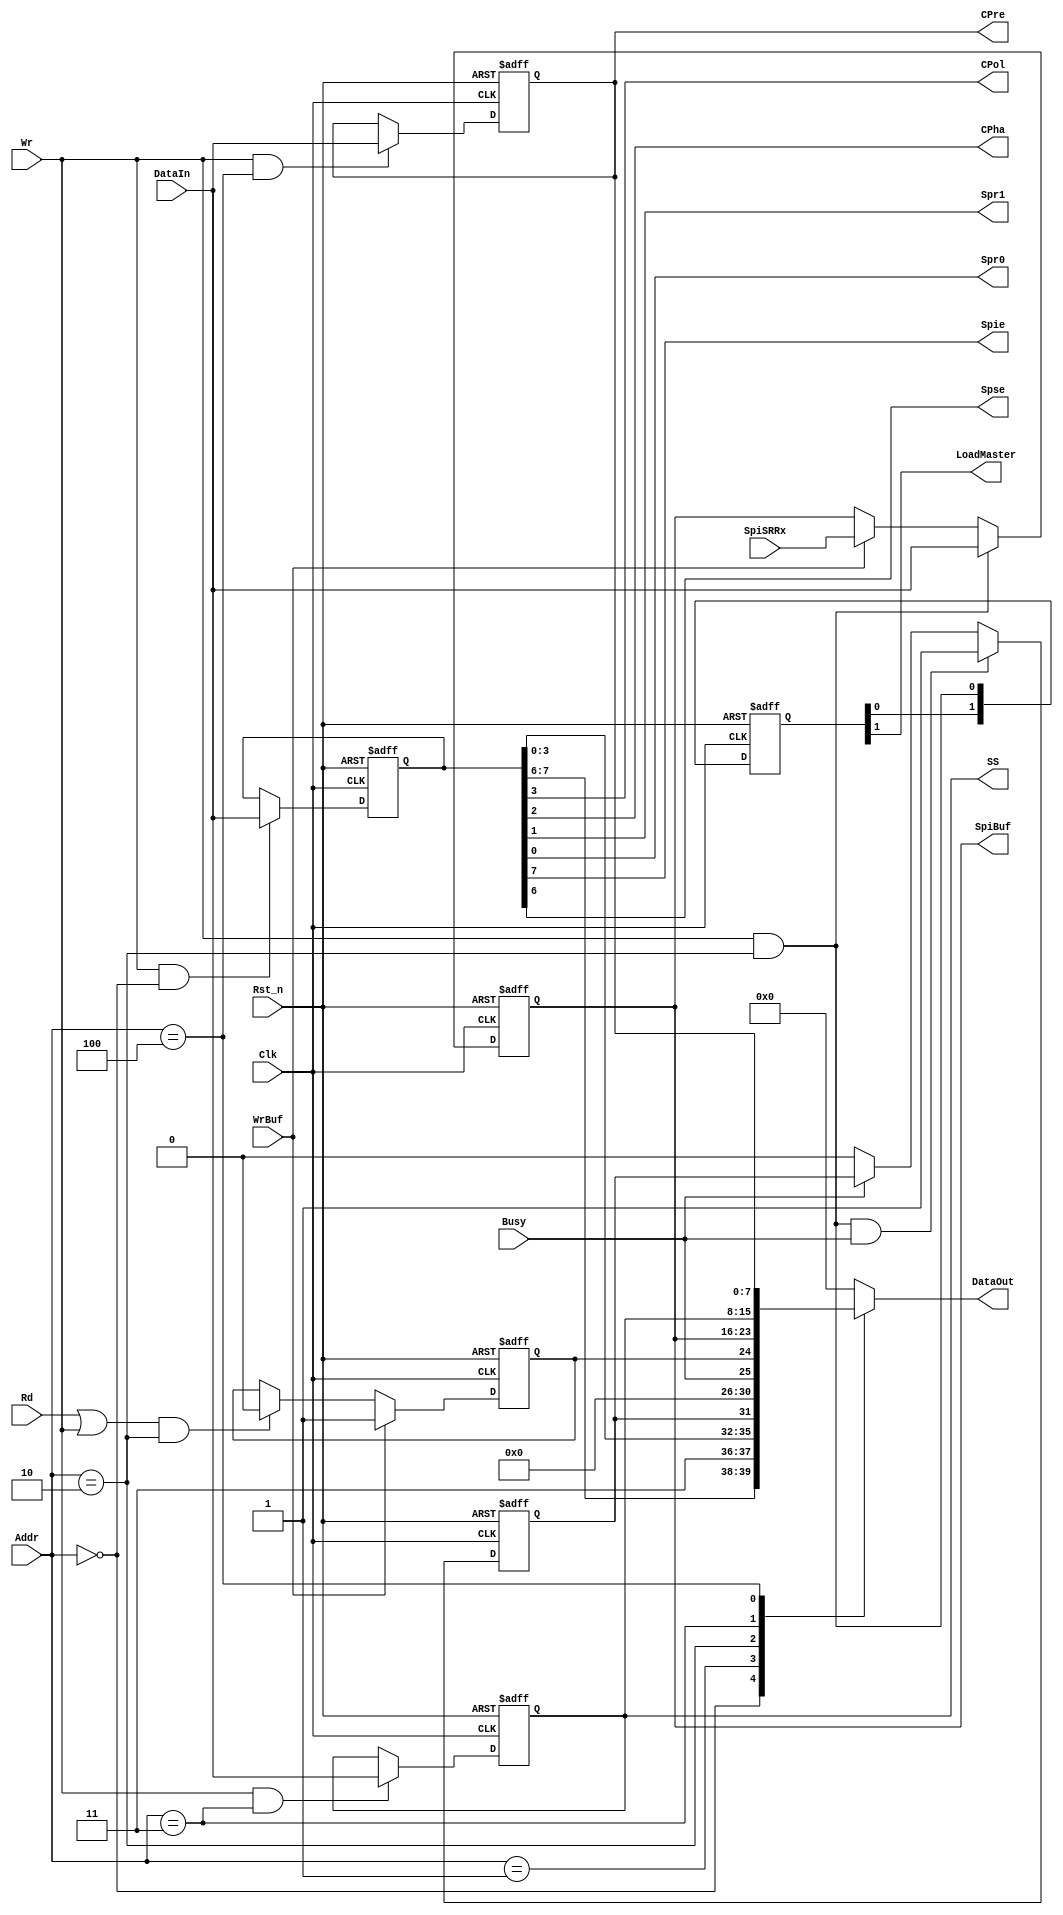
/********1*********2*********3*********4*********5*********6*********7*********8
*
*
* Configuration and Status Registers for SPI Bus.
*
*===============================================================================
* SPICTRL:   Serial Peripheral Interface Control Register           (Write/Read)
*            Used only in Master Mode.
*-------------------------------------------------------------------------------
*    bit[7]  : SPIE ? Serial Peripheral Interrupt Enable
*                0 = SPI interrupts disabled
*                1 = SPI interrupt enable
*    bit[6]  : SPSE ? Serial Peripheral System Enable
*                0 = SPI System off
*                1 = SPI System on
*    bit[5]  : Reserved
*    bit[4]  : Reserved
*    bit[3]  : CPOL ? Clock Polarity
*                0 = the base value of the clock is zero
*                1 = the base value of the clock is one
*    bit[2]  : CPHA ? Clock Phase
*                At CPOL=0 the base value of the clock is zero:
*                  - For CPHA=0: data are captured on the clock's rising edge (low2high
*                    transition) and data are propagated on a falling edge.
*                  - For CPHA=1: data are captured on the clock's falling edge and data
*                    are propagated on a rising edge.
*                At CPOL=1 the base value of the clock is one (inversion of CPOL=0)
*                  - For CPHA=0: data are captured on clock's falling edge and data are
*                    propagated on a rising edge.
*                  - For CPHA=1: data are captured on clock's rising edge and data are
*                    propagated on a falling edge.
*    bit[1:0]: SPR1 and SPR0 ? SPI Clock Rate Selects
*               These three serial peripheral rate bits select one of eight
*               baud rates (Table 1) to be used as SCK if the device is a master;
*               however, they have no effect in the slave mode.
*
*                  | SPR1 | SPR0 | Clock Divide By |
*                  |  0   |   0  |        4        |
*                  |  0   |   1  |        8        |
*                  |  1   |   0  |       16        |
*                  |  1   |   1  |     SPIPRE      |
*
*===============================================================================
* SPISTAT:   Serial Peripheral Interface Status Register                  (Read)
*            Used only in Master Mode.
*-------------------------------------------------------------------------------
*    bit[7]  : WCOL ? Write Collision Detect bit (Only in Master mode)
*                 0 = No collision.
*                 1 = The SSPBUF register is written while it is still transmitting
*                     the previous word.
*    bit[5:2]: Reserved bits.
*    bit[1]  : BUSY ? SPI Bus Busy Bit
*                 1 = Transmission not complete.
*                 0 = Transmission completed.
*    bit[0]  : BF   ? Buffer Full Status Bit. (Receive mode only)
*                 0 = Receive not complete.SPIBUFF is empty.
*                 1 = Receive complete. SPIBUFF is full.
*
*===============================================================================
* SPISS : Serial Peripheral Interface Slave Selector Register       (Write/Read)
*         Used only in Master Mode.
*-------------------------------------------------------------------------------
*
*===============================================================================
* SPIPRE: Serial Preipheral Interface Prescaled Value Register      (Write/Read)
*         Used only in Master Mode.
*-------------------------------------------------------------------------------
*
*===============================================================================
* SPIBUFF: Serial Peripheral Interface Transmited/Received Data Register
*         (Write/Read)
*-------------------------------------------------------------------------------
*
*********1*********2*********3*********4*********5*********6*********7*********/
// Definicio de registres
`define SPICTRL  8'h00   // WR
`define SPISTAT  8'h01   // R
`define SPIBUFF  8'h02   // WR
`define SPISS    8'h03   // WR
`define SPIPRE   8'h04   // WR

module spi_master_registers(
   Clk
  ,Rst_n
  ,Wr
  ,Rd
  ,Addr
  ,DataIn
  ,DataOut
  ,CPol
  ,CPha
  ,Spr1
  ,Spr0
  ,CPre
  ,SS
  ,Busy
  ,SpiSRRx
  ,SpiBuf
  ,WrBuf
  ,Spie
  ,Spse
  ,LoadMaster
);
parameter SIZE = 8;

// System Signals
input             Clk;              // Clock
input             Rst_n;            // Reset. Asynchronous. Active low

// Internal Data Bus
input             Wr;               // Write enable. Active high
input             Rd;               // Read enable. Active high
input  [SIZE-1:0] Addr;             // Registers Address
input  [SIZE-1:0] DataIn;           // Data input
output [SIZE-1:0] DataOut;          // Data output

// SPI Clock Config Signals
output            CPol;             // SPI Clock Polarity
output            CPha;             // SPI Clock Phase
output            Spr1,Spr0;        // SPI Clock Rate Selector
output [SIZE-1:0] CPre;             // SPI Prescaled Value

// Others
output [SIZE-1:0] SS;               // SPI Slave Selector Outputs

// Other Ctrl config signals
input             Busy;             // SPI tranceiver is busy
input  [SIZE-1:0] SpiSRRx;          // Data from SPI Shift Register
output [SIZE-1:0] SpiBuf;           // SPI Buffer Register
input             WrBuf;            // Write Enable for SpiSRRx Data
output            Spie;             // Enable Interrupt
output            Spse;             // Enable system
output            LoadMaster;       // Load data form SpiBuf to SpiSRTx

//----------------------------------------------------------------------------------
// SPICTRL Register
reg [SIZE-1:0] spiCtrl;

always @(negedge Clk or negedge Rst_n)
  if(!Rst_n)
    spiCtrl <= 8'h10;
  else if(Wr & (Addr == `SPICTRL))
    spiCtrl <= DataIn;

// SPICTRL reg Decoder
assign Spie = spiCtrl[7];
assign Spse = spiCtrl[6];
assign CPol = spiCtrl[3];
assign CPha = spiCtrl[2];
assign Spr1 = spiCtrl[1];
assign Spr0 = spiCtrl[0];

// Generate Load to SpiSRTx in master mode
reg [1:0] loadMaster_aux;

always @(negedge Clk or negedge Rst_n)
  if(!Rst_n)
    loadMaster_aux <= 2'b00;
  else
    loadMaster_aux <= {loadMaster_aux[0],(Wr & (Addr == `SPIBUFF))};

assign LoadMaster = loadMaster_aux[1];
//----------------------------------------------------------------------------------
// SPISTAT Register
// write collision detection bit
reg wcol;

always @(negedge Clk or negedge Rst_n)
  if(!Rst_n)
    wcol <= 1'b0;
  else if(Wr & (Addr == `SPIBUFF) & Busy)
    wcol <= 1'b1;
  else if(!Busy)
    wcol <= 1'b0;

// SPI Buffer Full bit
reg bf;

always @(negedge Clk or negedge Rst_n)
  if(!Rst_n)
    bf <= 1'b0;
  else if(WrBuf)
    bf <= 1'b1;
  else if((Rd | Wr) & (Addr == `SPIBUFF))
    bf <= 1'b0;

//----------------------------------------------------------------------------------
// SPIBUFF Register
reg [SIZE-1:0] SpiBuf;

always @(negedge Clk or negedge Rst_n)
  if(!Rst_n)                       SpiBuf <= 8'h00;
  else if(Wr & (Addr == `SPIBUFF)) SpiBuf <= DataIn;
  else if(WrBuf)                   SpiBuf <= SpiSRRx;

//----------------------------------------------------------------------------------
// SPISS Register
reg [SIZE-1:0] SS;

always @(negedge Clk or negedge Rst_n)
  if(!Rst_n)                     SS <= 8'hFF;
  else if(Wr & (Addr == `SPISS)) SS <= DataIn;

//----------------------------------------------------------------------------------
// SPIPRE Register
reg [SIZE-1:0] CPre;

always @(negedge Clk or negedge Rst_n)
  if(!Rst_n)                      CPre <= 8'h07;
  else if(Wr & (Addr == `SPIPRE)) CPre <= DataIn;

//----------------------------------------------------------------------------------
// Read Process for all Registers
reg [SIZE-1:0] DataOut;

always @(Addr or Spie or Spse or CPol or CPha or Spr1 or
         Spr0 or SpiBuf or SS or CPre or wcol or Busy or bf)
  case(Addr)
    `SPICTRL  : DataOut = {Spie,Spse,1'b1,1'b1,CPol,CPha,Spr1,Spr0};
    `SPISTAT  : DataOut = {wcol,5'b0_0000,Busy,bf};
    `SPIBUFF  : DataOut = SpiBuf;
    `SPISS    : DataOut = SS;
    `SPIPRE   : DataOut = CPre;
    default   : DataOut = 8'h00;
  endcase

endmodule